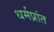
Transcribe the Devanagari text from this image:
धर्मप्रांत